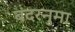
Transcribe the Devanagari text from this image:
बंदरनुमा